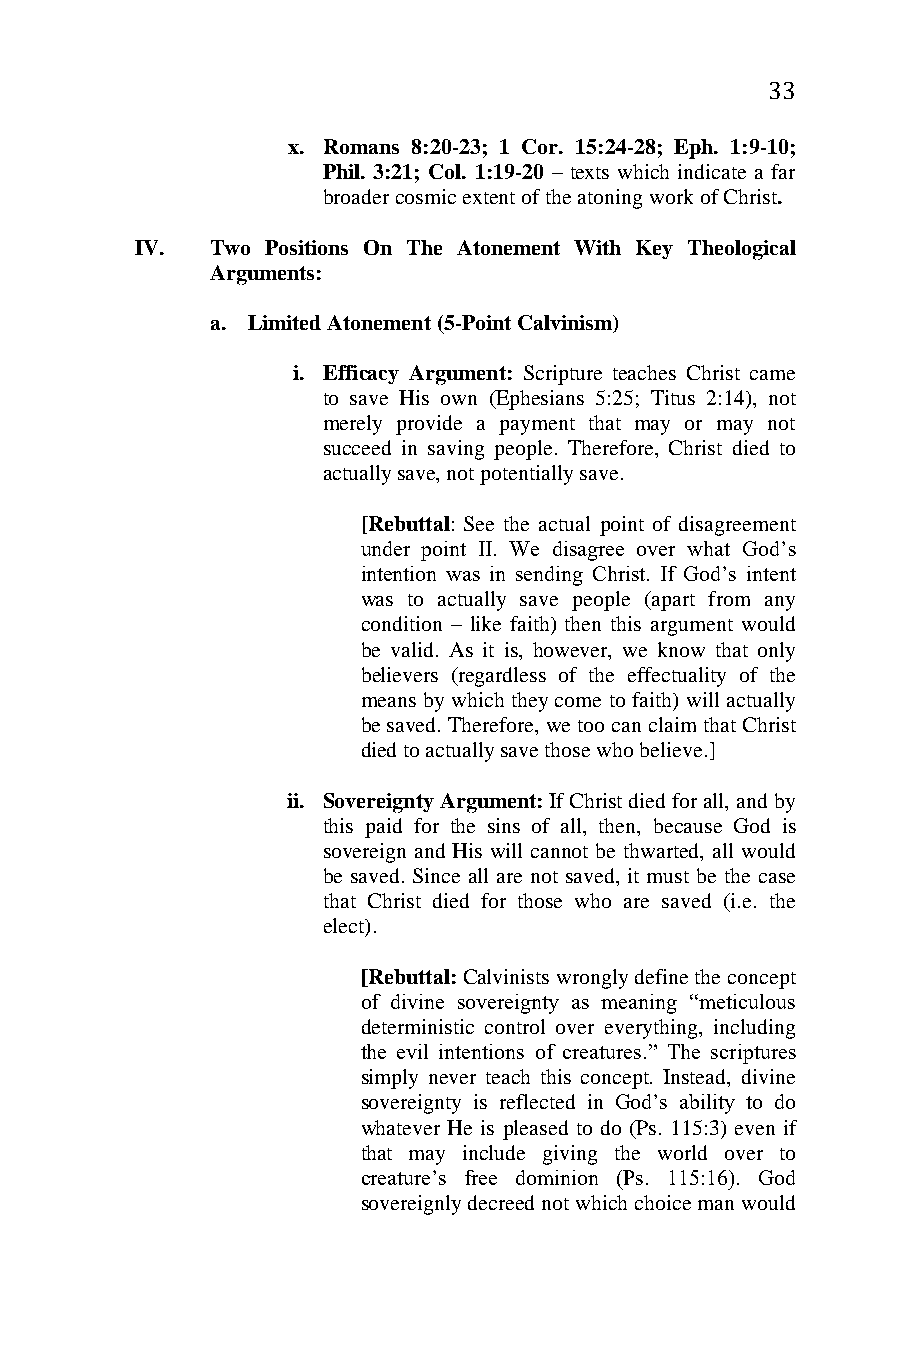
33
 x. Romans 8:20-23; 1 Cor. 15:24-28; Eph. 1:9-10;
 Phil. 3:21; Col. 1:19-20 – texts which indicate a far
 broader cosmic extent of the atoning work of Christ.
 IV.  Two Positions On The Atonement With Key Theological
 Arguments:
 a. Limited Atonement (5-Point Calvinism)
 i. Efficacy Argument: Scripture teaches Christ came
 to save His own (Ephesians 5:25; Titus 2:14), not
 merely provide a payment that may or may not
 succeed in saving people. Therefore, Christ died to
 actually save, not potentially save.
 [Rebuttal: See the actual point of disagreement
 under point II. We disagree over what God’s
 intention was in sending Christ. If God’s intent
 was to actually save people (apart from any
 condition – like faith) then this argument would
 be valid. As it is, however, we know that only
 believers (regardless of the effectuality of the
 means by which they come to faith) will actually
 be saved. Therefore, we too can claim that Christ
 died to actually save those who believe.]
 ii. Sovereignty Argument: If Christ died for all, and by
 this paid for the sins of all, then, because God is
 sovereign and His will cannot be thwarted, all would
 be saved. Since all are not saved, it must be the case
 that Christ died for those who are saved (i.e. the
 elect).
 [Rebuttal: Calvinists wrongly define the concept
 of divine sovereignty as meaning “meticulous
 deterministic control over everything, including
 the evil intentions of creatures.” The scriptures
 simply never teach this concept. Instead, divine
 sovereignty is reflected in God’s ability to do
 whatever He is pleased to do (Ps. 115:3) even if
 that may include giving the world over to
 creature’s free dominion (Ps. 115:16). God
 sovereignly decreed not which choice man would